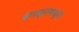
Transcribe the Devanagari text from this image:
बंगळूरमधून